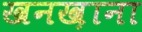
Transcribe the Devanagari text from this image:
खनख़ाना